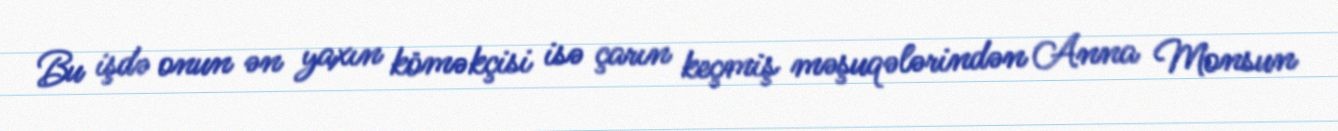
Bu işdə onun ən yaxın köməkçisi isə çarın keçmiş məşuqələrindən Anna Monsun